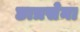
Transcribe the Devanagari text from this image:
छात्रसेना